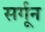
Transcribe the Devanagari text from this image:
सर्गून